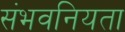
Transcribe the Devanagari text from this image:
संभवनियता